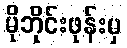
မိုဘိုင်းဖုန်းမှ